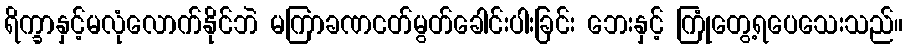
ရိက္ခာနှင့်မလုံလောက်နိုင်ဘဲ မကြာခဏငတ်မွတ်ခေါင်းပါးခြင်း ဘေးနှင့် ကြုံတွေ့ရပေသေးသည်။